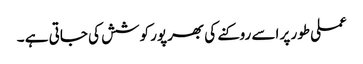
عملی طور پر اسے روکنے کی بھرپور کوشش کی جاتی ہے ۔